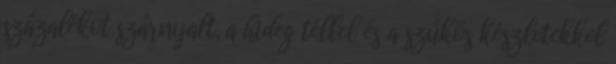
százalékot szárnyalt, a hideg téllel és a szűkös készletekkel